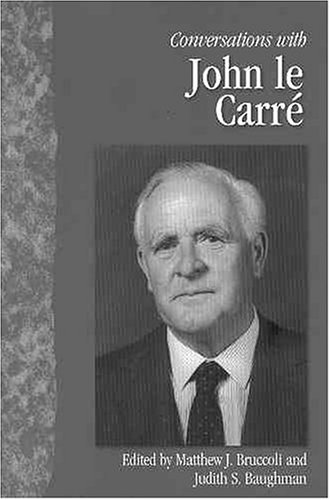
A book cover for Conversations with John le Carre (Literary Conversations Series); Mystery, Thriller & Suspense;